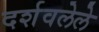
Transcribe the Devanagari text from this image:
दर्शवलेले